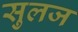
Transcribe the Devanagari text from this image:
सुलज